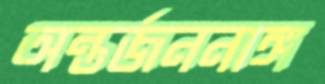
অন্তর্জননাঙ্গ